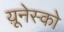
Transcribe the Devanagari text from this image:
य़ूनेस्को